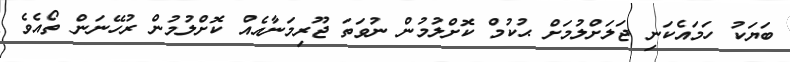
ބަޔަކު ހަމައެކަނި ޖަލަށްލުމަށް ޙުކުމް ކޮށްލުމުން ނުވަތަ ޖޫރިމަނާއެއް ކޮށްލުމުން ރުހޭނަން ތޯއެވެ